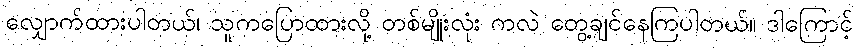
လျှောက်ထားပါတယ်၊ သူကပြောထားလို့ တစ်မျိုးလုံး ကလဲ တွေ့ချင်နေကြပါတယ်။ ဒါကြောင့်